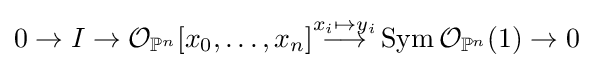
0\to I\to {\mathcal {O}}_{\mathbb {P} ^{n}}[x_{0},\ldots ,x_{n}]{\overset {x_{i}\mapsto y_{i}}{\longrightarrow }}\operatorname {Sym} {\mathcal {O}}_{\mathbb {P} ^{n}}(1)\to 0